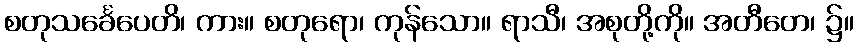
စတုသင်္ခေပေတိ၊ ကား။ စတုရော၊ ကုန်သော။ ရာသီ၊ အစုတို့ကို။ အတီတေ၊ ၌။